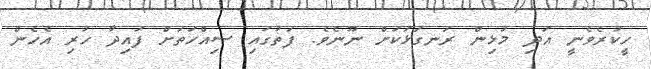
ހީކުރެވެނީ އަދި މުޅިން ރަނގަޅަކަށް ނޫނެވެ. ފަތުގައި ސިއްހަތަށް ފައިދާ ހުރި އެހެން